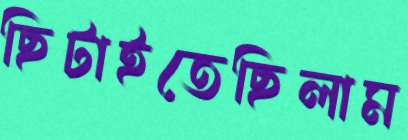
ছিটাইতেছিলাম